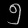
Digit: ၅